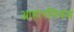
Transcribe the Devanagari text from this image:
आहारनियम